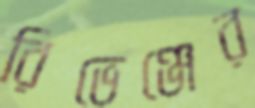
রিভেঞ্জের